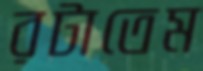
রটাতেম